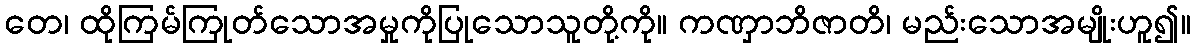
တေ၊ ထိုကြမ်ကြုတ်သောအမှုကိုပြုသောသူတို့ကို။ ကဏှာဘိဇာတိ၊ မည်းသောအမျိုးဟူ၍။